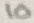
Text: 10